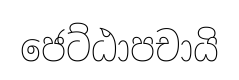
ජෙට්ඨාපචායි